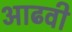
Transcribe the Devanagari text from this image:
आढवी